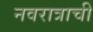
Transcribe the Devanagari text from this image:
नवरात्राची